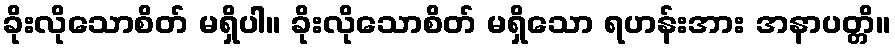
ခိုးလိုသောစိတ် မရှိပါ။ ခိုးလိုသောစိတ် မရှိသော ရဟန်းအား အနာပတ္တိ။